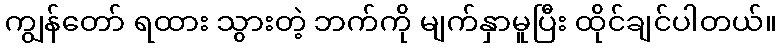
ကျွန်တော် ရထား သွားတဲ့ ဘက်ကို မျက်နှာမူပြီး ထိုင်ချင်ပါတယ်။